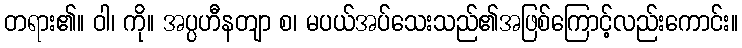
တရား၏။ ဝါ၊ ကို။ အပ္ပဟီနတျာ စ၊ မပယ်အပ်သေးသည်၏အဖြစ်ကြောင့်လည်းကောင်း။